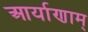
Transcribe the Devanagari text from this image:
आर्याणाम्